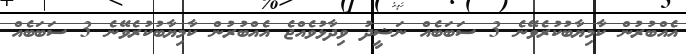
އެއްބުރުން ކާމިޔާބުކުރެވޭނެ 3 ސަބަބެއް ނަޝީދު ވިދާޅުވެއްޖެ އެއްބުރުން ކާމިޔާބުކުރެވޭނެ 3 ސަބަބެއް